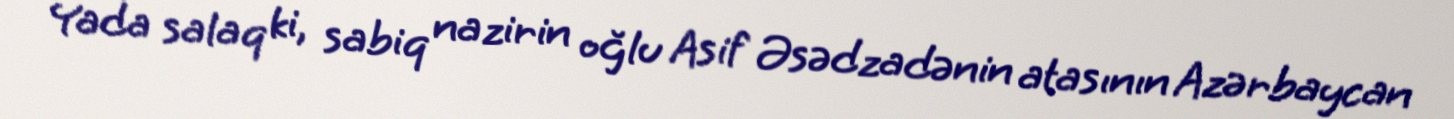
Yada salaq ki, sabiq nazirin oğlu Asif Əsədzadənin atasının Azərbaycan